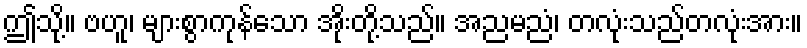
ဤသို့။ ဗဟူ၊ များစွာကုန်သော အိုးတို့သည်။ အညမညံ၊ တလုံးသည်တလုံးအား။